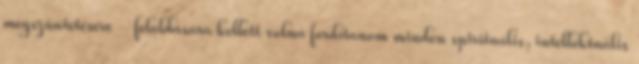
megszüntetésére - feloldására kellett volna fordítanom minden spirituális, intellektuális